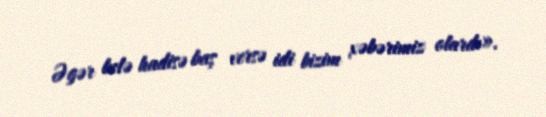
Əgər belə hadisə baş versə idi bizim xəbərimiz olardı».